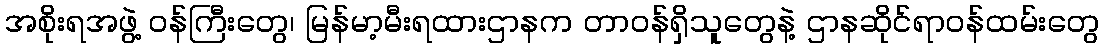
အစိုးရအဖွဲ့ ဝန်ကြီးတွေ၊ မြန်မာ့မီးရထားဌာနက တာဝန်ရှိသူတွေနဲ့ ဌာနဆိုင်ရာဝန်ထမ်းတွေ